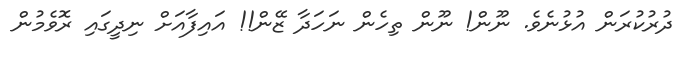
ދުރުކުރަން އުޅުނެވެ. ނޫން! ނޫން ތިހެން ނަހަދާ ޒޭން!! އައިފާއަށް ނިދީގައި ރޮވެމުން